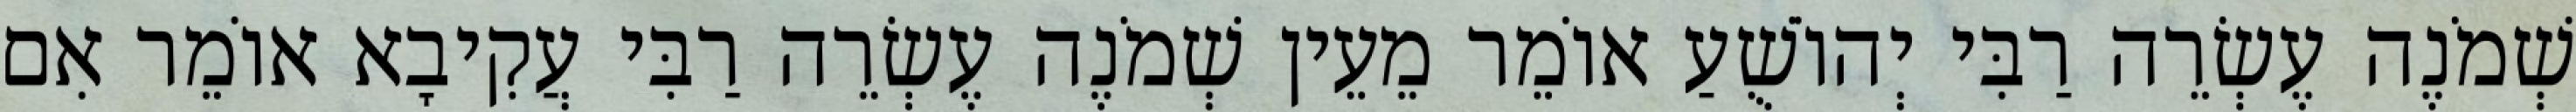
שְׁמֹנֶה עֶשְׂרֵה רַבִּי יְהוֹשֻׁעַ אוֹמֵר מֵעֵין שְׁמֹנֶה עֶשְׂרֵה רַבִּי עֲקִיבָא אוֹמֵר אִם